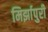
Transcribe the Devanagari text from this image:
मिर्झापुरी